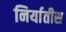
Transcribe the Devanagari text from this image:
निर्यातीस